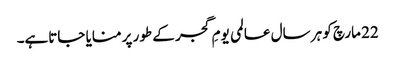
22 مارچ کو ہر سال عالمی یومِ گجر کے طور پر منایا جاتاہے۔